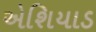
એશિયાડ